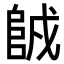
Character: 𨹇